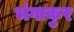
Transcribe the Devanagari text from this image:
भंगाकुर